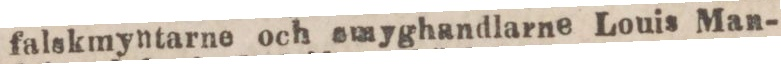
falskmyntarne och emyghandlarne Louis Man-